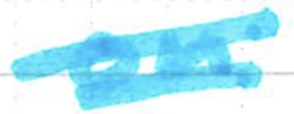
Text: on
Cross-out: double-line
Writing tool: marker